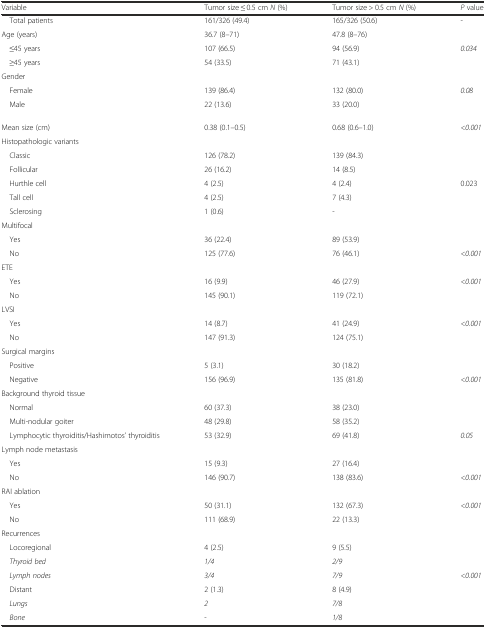
<table><thead><tr><td><b>Variable</b></td><td><b>Tumor size ≤ 0.5 cm <i>N</i> (%)</b></td><td><b>Tumor size &gt; 0.5 cm <i>N</i> (%)</b></td><td><b><i>P</i> value</b></td></tr></thead><tbody><tr><td> Total patients</td><td>161/326 (49.4)</td><td>165/326 (50.6)</td><td>-</td></tr><tr><td>Age (years)</td><td>36.7 (8–71)</td><td>47.8 (8–76)</td><td></td></tr><tr><td> ≤45 years</td><td>107 (66.5)</td><td>94 (56.9)</td><td><i>0.034</i></td></tr><tr><td> ≥45 years</td><td>54 (33.5)</td><td>71 (43.1)</td><td></td></tr><tr><td colspan="4">Gender</td></tr><tr><td> Female</td><td>139 (86.4)</td><td>132 (80.0)</td><td><i>0.08</i></td></tr><tr><td> Male</td><td>22 (13.6)</td><td>33 (20.0)</td><td></td></tr><tr><td>Mean size (cm)</td><td>0.38 (0.1–0.5)</td><td>0.68 (0.6–1.0)</td><td><i>&lt;0.001</i></td></tr><tr><td colspan="4">Histopathologic variants</td></tr><tr><td> Classic</td><td>126 (78.2)</td><td>139 (84.3)</td><td></td></tr><tr><td> Follicular</td><td>26 (16.2)</td><td>14 (8.5)</td><td></td></tr><tr><td> Hurthle cell</td><td>4 (2.5)</td><td>4 (2.4)</td><td>0.023</td></tr><tr><td> Tall cell</td><td>4 (2.5)</td><td>7 (4.3)</td><td></td></tr><tr><td> Sclerosing</td><td>1 (0.6)</td><td>-</td><td></td></tr><tr><td colspan="4">Multifocal</td></tr><tr><td> Yes</td><td>36 (22.4)</td><td>89 (53.9)</td><td></td></tr><tr><td> No</td><td>125 (77.6)</td><td>76 (46.1)</td><td><i>&lt;0.001</i></td></tr><tr><td colspan="4">ETE</td></tr><tr><td> Yes</td><td>16 (9.9)</td><td>46 (27.9)</td><td><i>&lt;0.001</i></td></tr><tr><td> No</td><td>145 (90.1)</td><td>119 (72.1)</td><td></td></tr><tr><td colspan="4">LVSI</td></tr><tr><td> Yes</td><td>14 (8.7)</td><td>41 (24.9)</td><td><i>&lt;0.001</i></td></tr><tr><td> No</td><td>147 (91.3)</td><td>124 (75.1)</td><td></td></tr><tr><td colspan="4">Surgical margins</td></tr><tr><td> Positive</td><td>5 (3.1)</td><td>30 (18.2)</td><td></td></tr><tr><td> Negative</td><td>156 (96.9)</td><td>135 (81.8)</td><td><i>&lt;0.001</i></td></tr><tr><td colspan="4">Background thyroid tissue</td></tr><tr><td> Normal</td><td>60 (37.3)</td><td>38 (23.0)</td><td></td></tr><tr><td> Multi-nodular goiter</td><td>48 (29.8)</td><td>58 (35.2)</td><td></td></tr><tr><td> Lymphocytic thyroiditis/Hashimotos’ thyroiditis</td><td>53 (32.9)</td><td>69 (41.8)</td><td><i>0.05</i></td></tr><tr><td colspan="4">Lymph node metastasis</td></tr><tr><td> Yes</td><td>15 (9.3)</td><td>27 (16.4)</td><td></td></tr><tr><td> No</td><td>146 (90.7)</td><td>138 (83.6)</td><td><i>&lt;0.001</i></td></tr><tr><td colspan="4">RAI ablation</td></tr><tr><td> Yes</td><td>50 (31.1)</td><td>132 (67.3)</td><td><i>&lt;0.001</i></td></tr><tr><td> No</td><td>111 (68.9)</td><td>22 (13.3)</td><td></td></tr><tr><td colspan="4">Recurrences</td></tr><tr><td> Locoregional</td><td>4 (2.5)</td><td>9 (5.5)</td><td></td></tr><tr><td><i> Thyroid bed</i></td><td><i>1/4</i></td><td><i>2/9</i></td><td></td></tr><tr><td><i> Lymph nodes</i></td><td><i>3/4</i></td><td><i>7/9</i></td><td><i>&lt;0.001</i></td></tr><tr><td> Distant</td><td>2 (1.3)</td><td>8 (4.9)</td><td></td></tr><tr><td><i> Lungs</i></td><td><i>2</i></td><td><i>7/8</i></td><td></td></tr><tr><td><i> Bone</i></td><td>-</td><td><i>1/8</i></td><td></td></tr></tbody></table>